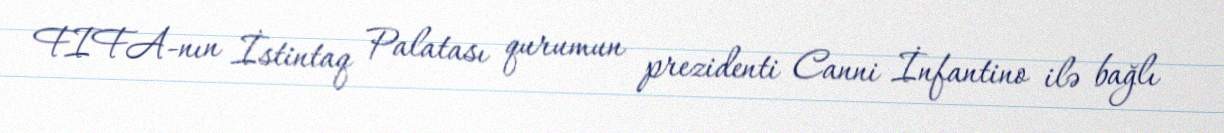
FIFA-nın İstintaq Palatası qurumun prezidenti Canni İnfantino ilə bağlı